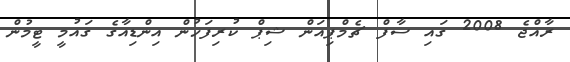
ރާއްޖެ 2008 ގައި ސާފް ޗެމްޕިއަން ޝިޕް ކުރިފަހުން އިންޑިއާގެ ގައުމީ ޓީމުން